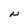
Character: N